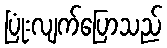
ပြုံးလျက်ပြောသည်